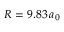
R = 9 . 8 3 \, a _ { 0 }